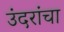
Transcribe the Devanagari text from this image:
उंदरांचा